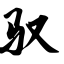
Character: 驭